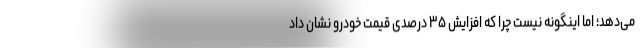
می‌دهد؛ اما اینگونه نیست چرا که افزایش ۳۵ درصدی قیمت خودرو نشان داد